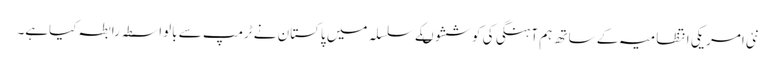
نئی امریکی انتظامیہ کے ساتھ ہم آہنگی کی کوششوںکے سلسلہ میں پاکستان نے ٹرمپ سے بالواسطہ رابطہ کیاہے۔